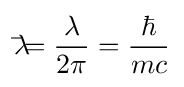
\lambda \!\!\!{\bar {}}={\frac {\lambda }{2\pi }}={\frac {\hbar }{mc}}